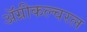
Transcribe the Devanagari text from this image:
ॲग्रीकल्चरल